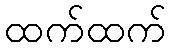
ထက်ထက်